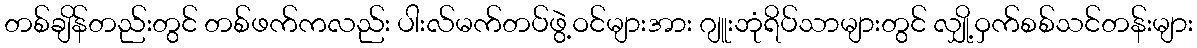
တစ်ချိန်တည်းတွင် တစ်ဖက်ကလည်း ပါးလ်မက်တပ်ဖွဲ့ဝင်များအား ဂျူးဘုံရိပ်သာများတွင် လျှို့ဝှက်စစ်သင်တန်းများ